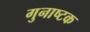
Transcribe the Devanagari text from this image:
गुनाष्टक